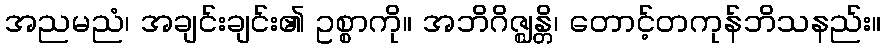
အညမညံ၊ အချင်းချင်း၏ ဥစ္စာကို။ အဘိဂိဇ္ဈန္တိ၊ တောင့်တကုန်ဘိသနည်း။